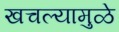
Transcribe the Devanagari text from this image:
खचल्यामुळे